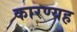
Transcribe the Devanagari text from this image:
कारण्यह